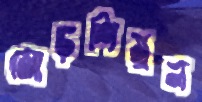
জোড়শিমুল